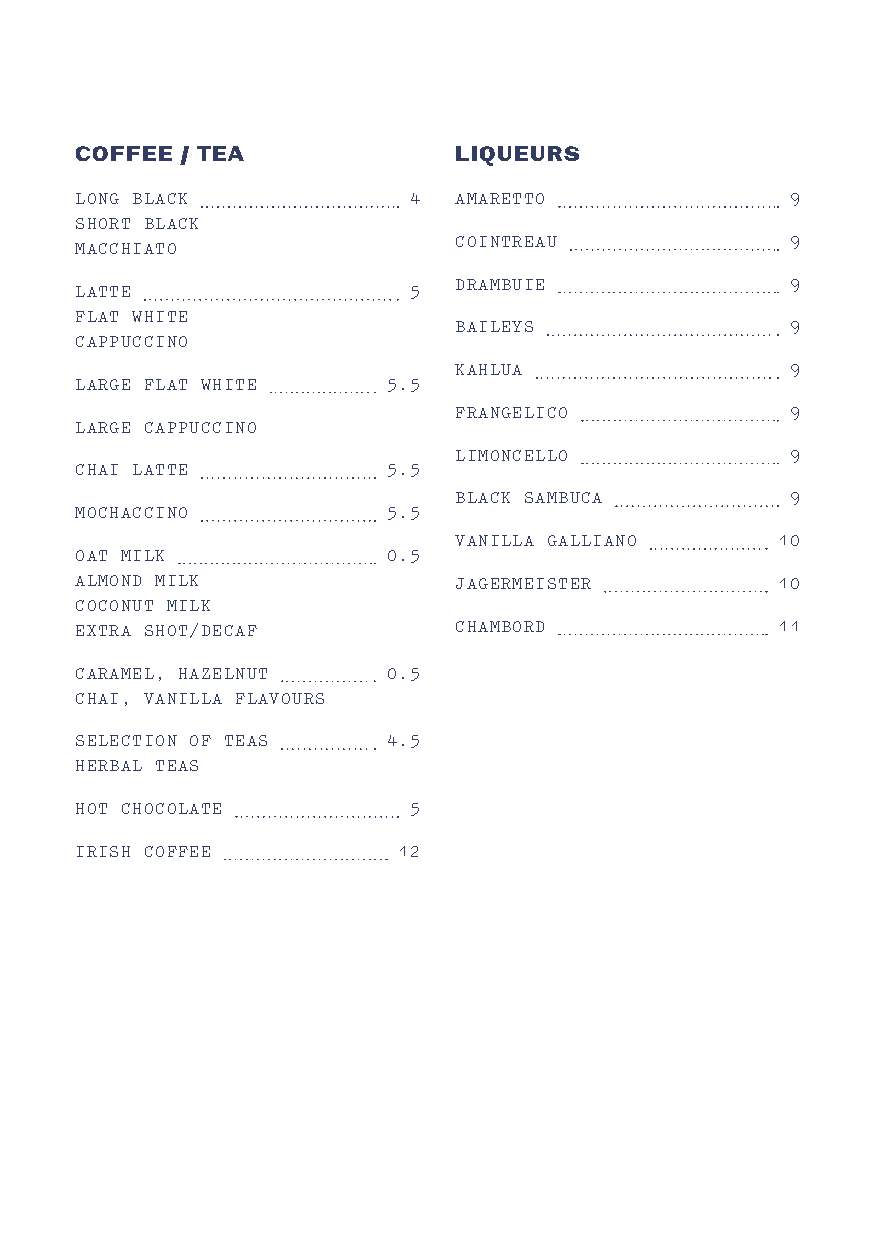
COFFEE / TEA             LIQUEURS
 LONG BLACK            4  AMARETTO              9
 SHORT BLACK
 COINTREAU             9
 MACCHIATO
 DRAMBUIE              9
 LATTE                 5
 FLAT WHITE
 BAILEYS               9
 CAPPUCCINO
 KAHLUA                9
 LARGE FLAT WHITE     5.5
 FRANGELICO            9
 LARGE CAPPUCCINO
 LIMONCELLO            9
 CHAI LATTE           5.5
 BLACK SAMBUCA         9
 MOCHACCINO           5.5
 VANILLA GALLIANO     10
 OAT MILK             0.5
 ALMOND MILK              JAGERMEISTER         10
 COCONUT MILK
 EXTRA SHOT/DECAF         CHAMBORD             11
 CARAMEL, HAZELNUT    0.5
 CHAI, VANILLA FLAVOURS
 SELECTION OF TEAS    4.5
 HERBAL TEAS
 HOT CHOCOLATE         5
 IRISH COFFEE         12